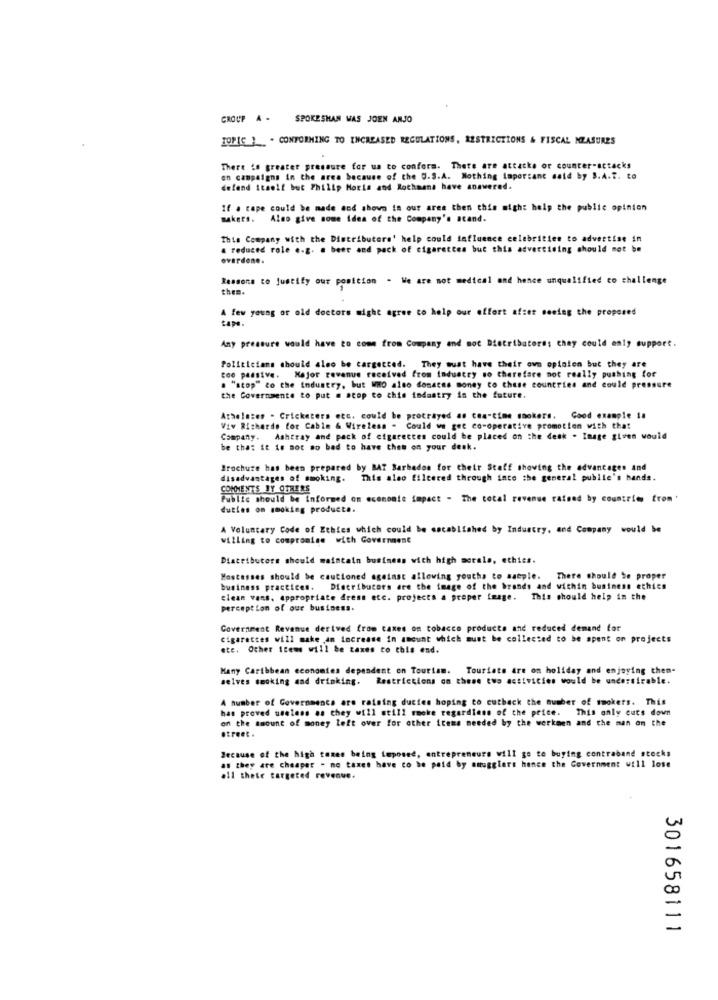
GROUP A .
SPOKESMAN WAS JOEN ANJO
TOPIC } . . CONFORMING TO INCREASED REGULATIONS, RESTRICTIONS & FISCAL MEASURES
There is greater pressure for us to confers. There are attacke or counter-actacks
en campaigns in the area because of the U.S.A. Nothing Important said by S.A.T. to
defend itself but Philip Moris and Rochaans have answered.
If . cape could be made mod shown in our area then this might help the public opinion
makers. Also give some idea of the Company's stand.
This Company with the Distributore' help could influence celebrities to advertise in
a reduced role e.g. a beer and pack of cigarettes but this advertising should not be
everdone.
Ressona to justify our position . We are not medical and hence unqualified co challenge
them.
A few young or old doctors might agree to help our effort afzet seeing the proposed
cape .
Any pressure would have to come from Company and mot Distributors; they could only support.
Politicians should also be targetted. They must have their own oplaien but they are
too passive. Major revenue received from industry so therefare not really pushing for
. "stop" to the Industry, but WHO also domates money to these countries and could pressure
the Governmente to put # stop to chis industry in the future.
Athela:en - Cricketers etc. could be protrayed as cea-time smokers. Good example 1a
Viv Richardo for Cable & Wireless - Could we get co-operative promotion with that
Company. Ashtray and pack of cigarettes could be placed on the desk . Image given would
be that it is not ao bad to have them on your desk.
Brochure has been prepared by BAT Barbados for their Staff showing the advantages and
disadvantages of smoking.
This also filtered through into the general publie's hands.
COMMENTS BY OTHERS
Public should be Informed on economie impact - The total revenue raised by countries from '
duties on smoking products.
A Voluntary Code of Ethics which could be cscablished by Industry, and Company would be
willing to compromise with Government
Distributore should maintain business with high morale, ethics.
Hostesses should be cautioned against allowing youths to sample.
There should be proper
business practices. Distributors are the image of the brands and within business ethics
clean vans. Appropriate dress etc. projects a proper frage. This should help in the
perception of our business.
Government Revenue derived from taxes on tobacco products and reduced demand for
cigarettes will make an increase in amount which must be collected to be spent on projects
etc. Other Items will be taxes to this end.
Many Caribbean economies dependent on Tourtam. Tourists are on holiday and enjoying them-
selves smoking and drinking. Restrictions on these two activities would be undersirable.
A number of Governments are raising ducies hoping to cutback the number of smokers. This
has proved useless as they will still smoke regardless of the petee. This only cuts down
on the amount of money left over for other items needed by the werkmen and the man on the
street .
Because of the high taxes being imposed, entrepreneurs will go to buying contraband stocks
af they are cheaper - ne taxes have co he paid by smugglers hence the Government will lose
all thete targeted revenue.
301658111